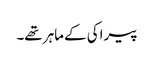
پیراکی کے ماہر تھے۔